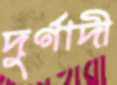
দুর্গাদী